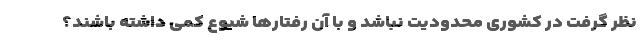
نظر گرفت در کشوری محدودیت نباشد و با آن رفتارها شیوع کمی داشته باشند؟